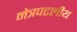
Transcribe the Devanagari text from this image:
नेत्रपटलीय